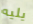
يليه